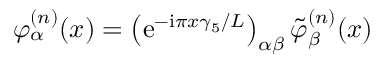
\varphi _ { \alpha } ^ { ( n ) } ( x ) = \left( \mathrm { e } ^ { - \mathrm { i } \pi x \gamma _ { 5 } / L } \right) _ { \alpha \beta } \tilde { \varphi } _ { \beta } ^ { ( n ) } ( x )